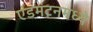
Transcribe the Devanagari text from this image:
एडमंटनमध्ये